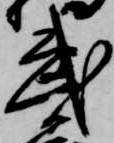
武